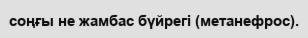
соңғы не жамбас бүйрегі (метанефрос).